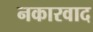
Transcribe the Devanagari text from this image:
नकारवाद